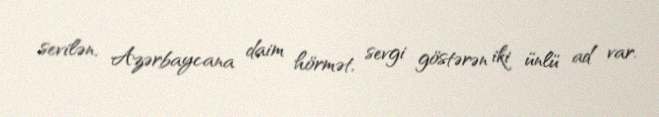
sevilən, Azərbaycana daim hörmət, sevgi göstərən iki ünlü ad var.